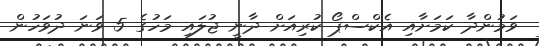
ވަމުންދާ ކަމަށާއި އެކްސްޕޯ ކުރިއަށް ދާނީ ޖުލައި މަހުގެ 5 ވަނަ ދުވަހުން